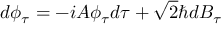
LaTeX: d \phi _ { \tau } = - i { \cal A } \phi _ { \tau } d \tau + \sqrt { 2 } \hbar d B _ { \tau }